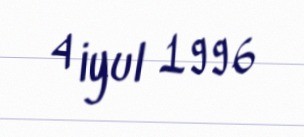
4 iyul 1996